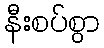
နီးစပ်စွာ